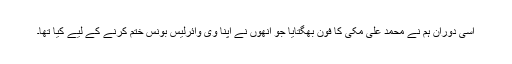
اسی دوران ہم نے محمد علی مکی کا فون بھگتایا جو انھوں نے اپنا وی وائرلیس بونس ختم کرنے کے لیے کیا تھا۔